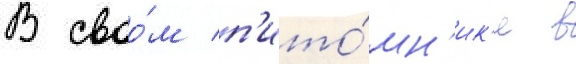
В своо́м п'ито́мн'ик'е в